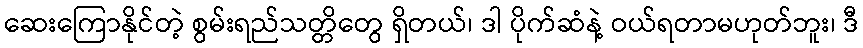
ဆေးကြောနိုင်တဲ့ စွမ်းရည်သတ္တိတွေ ရှိတယ်၊ ဒါ ပိုက်ဆံနဲ့ ဝယ်ရတာမဟုတ်ဘူး၊ ဒီ